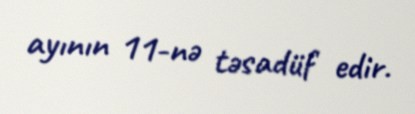
ayının 11-nə təsadüf edir.